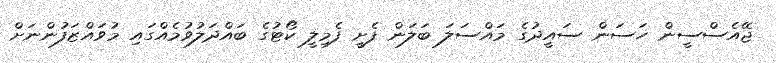
ޖޭއެސްސީން ހަސަން ސައީދުގެ މައްސަލަ ބަލަން ފެށީ ފެމިލީ ކޯޓުގެ ބައްދަލުވުމެއްގައި މުވައްޒަފުންނަށް